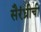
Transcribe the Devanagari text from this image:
सैरंध्रीची